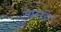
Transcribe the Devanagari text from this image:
मारतंडे